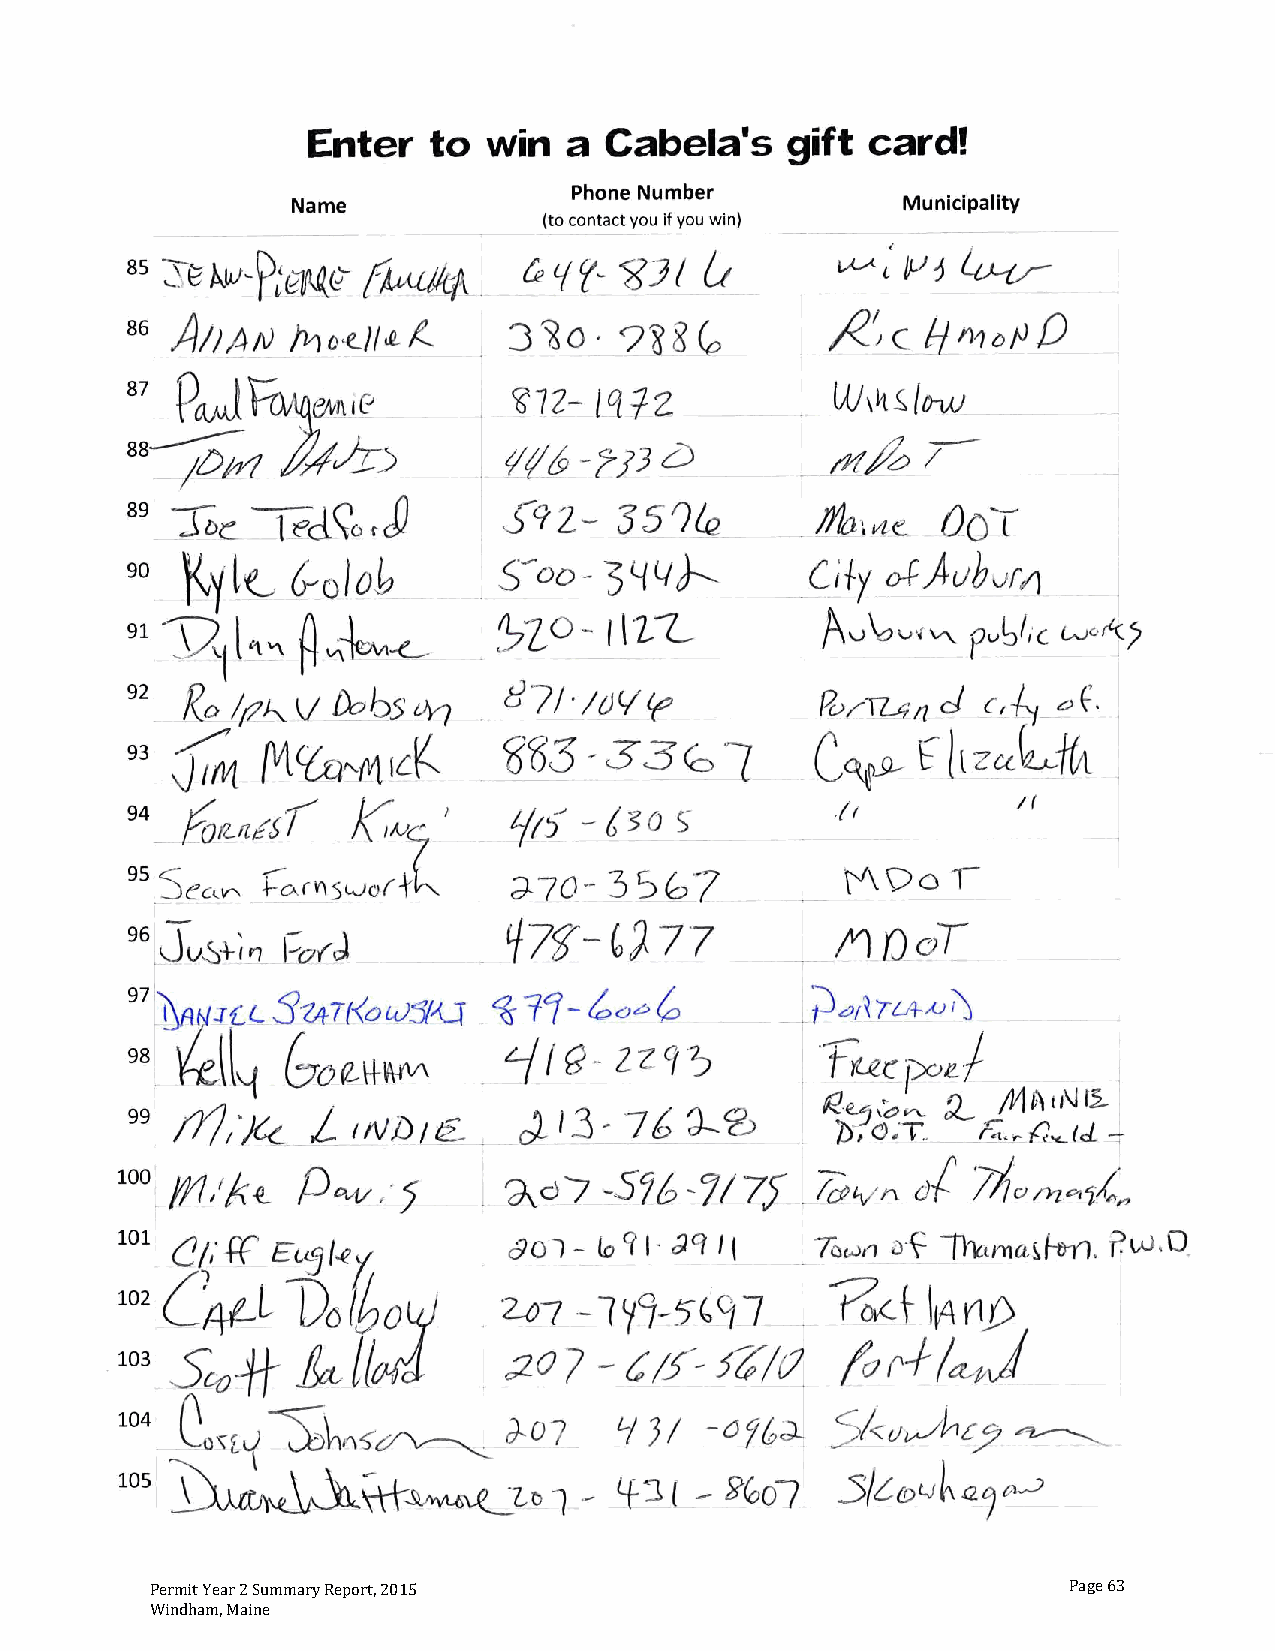
Permit Year 2 Summary Report, 2015                           Page 63
 Windham, Maine